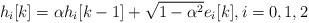
LaTeX: \begin{align*}h_i[k]=\alpha h_i[k-1]+\sqrt{1-\alpha^2} e_i[k],i=0,1, 2\end{align*}